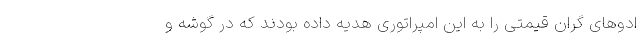
ادوهای گران قیمتی را به این امپراتوری هدیه داده بودند که در گوشه و